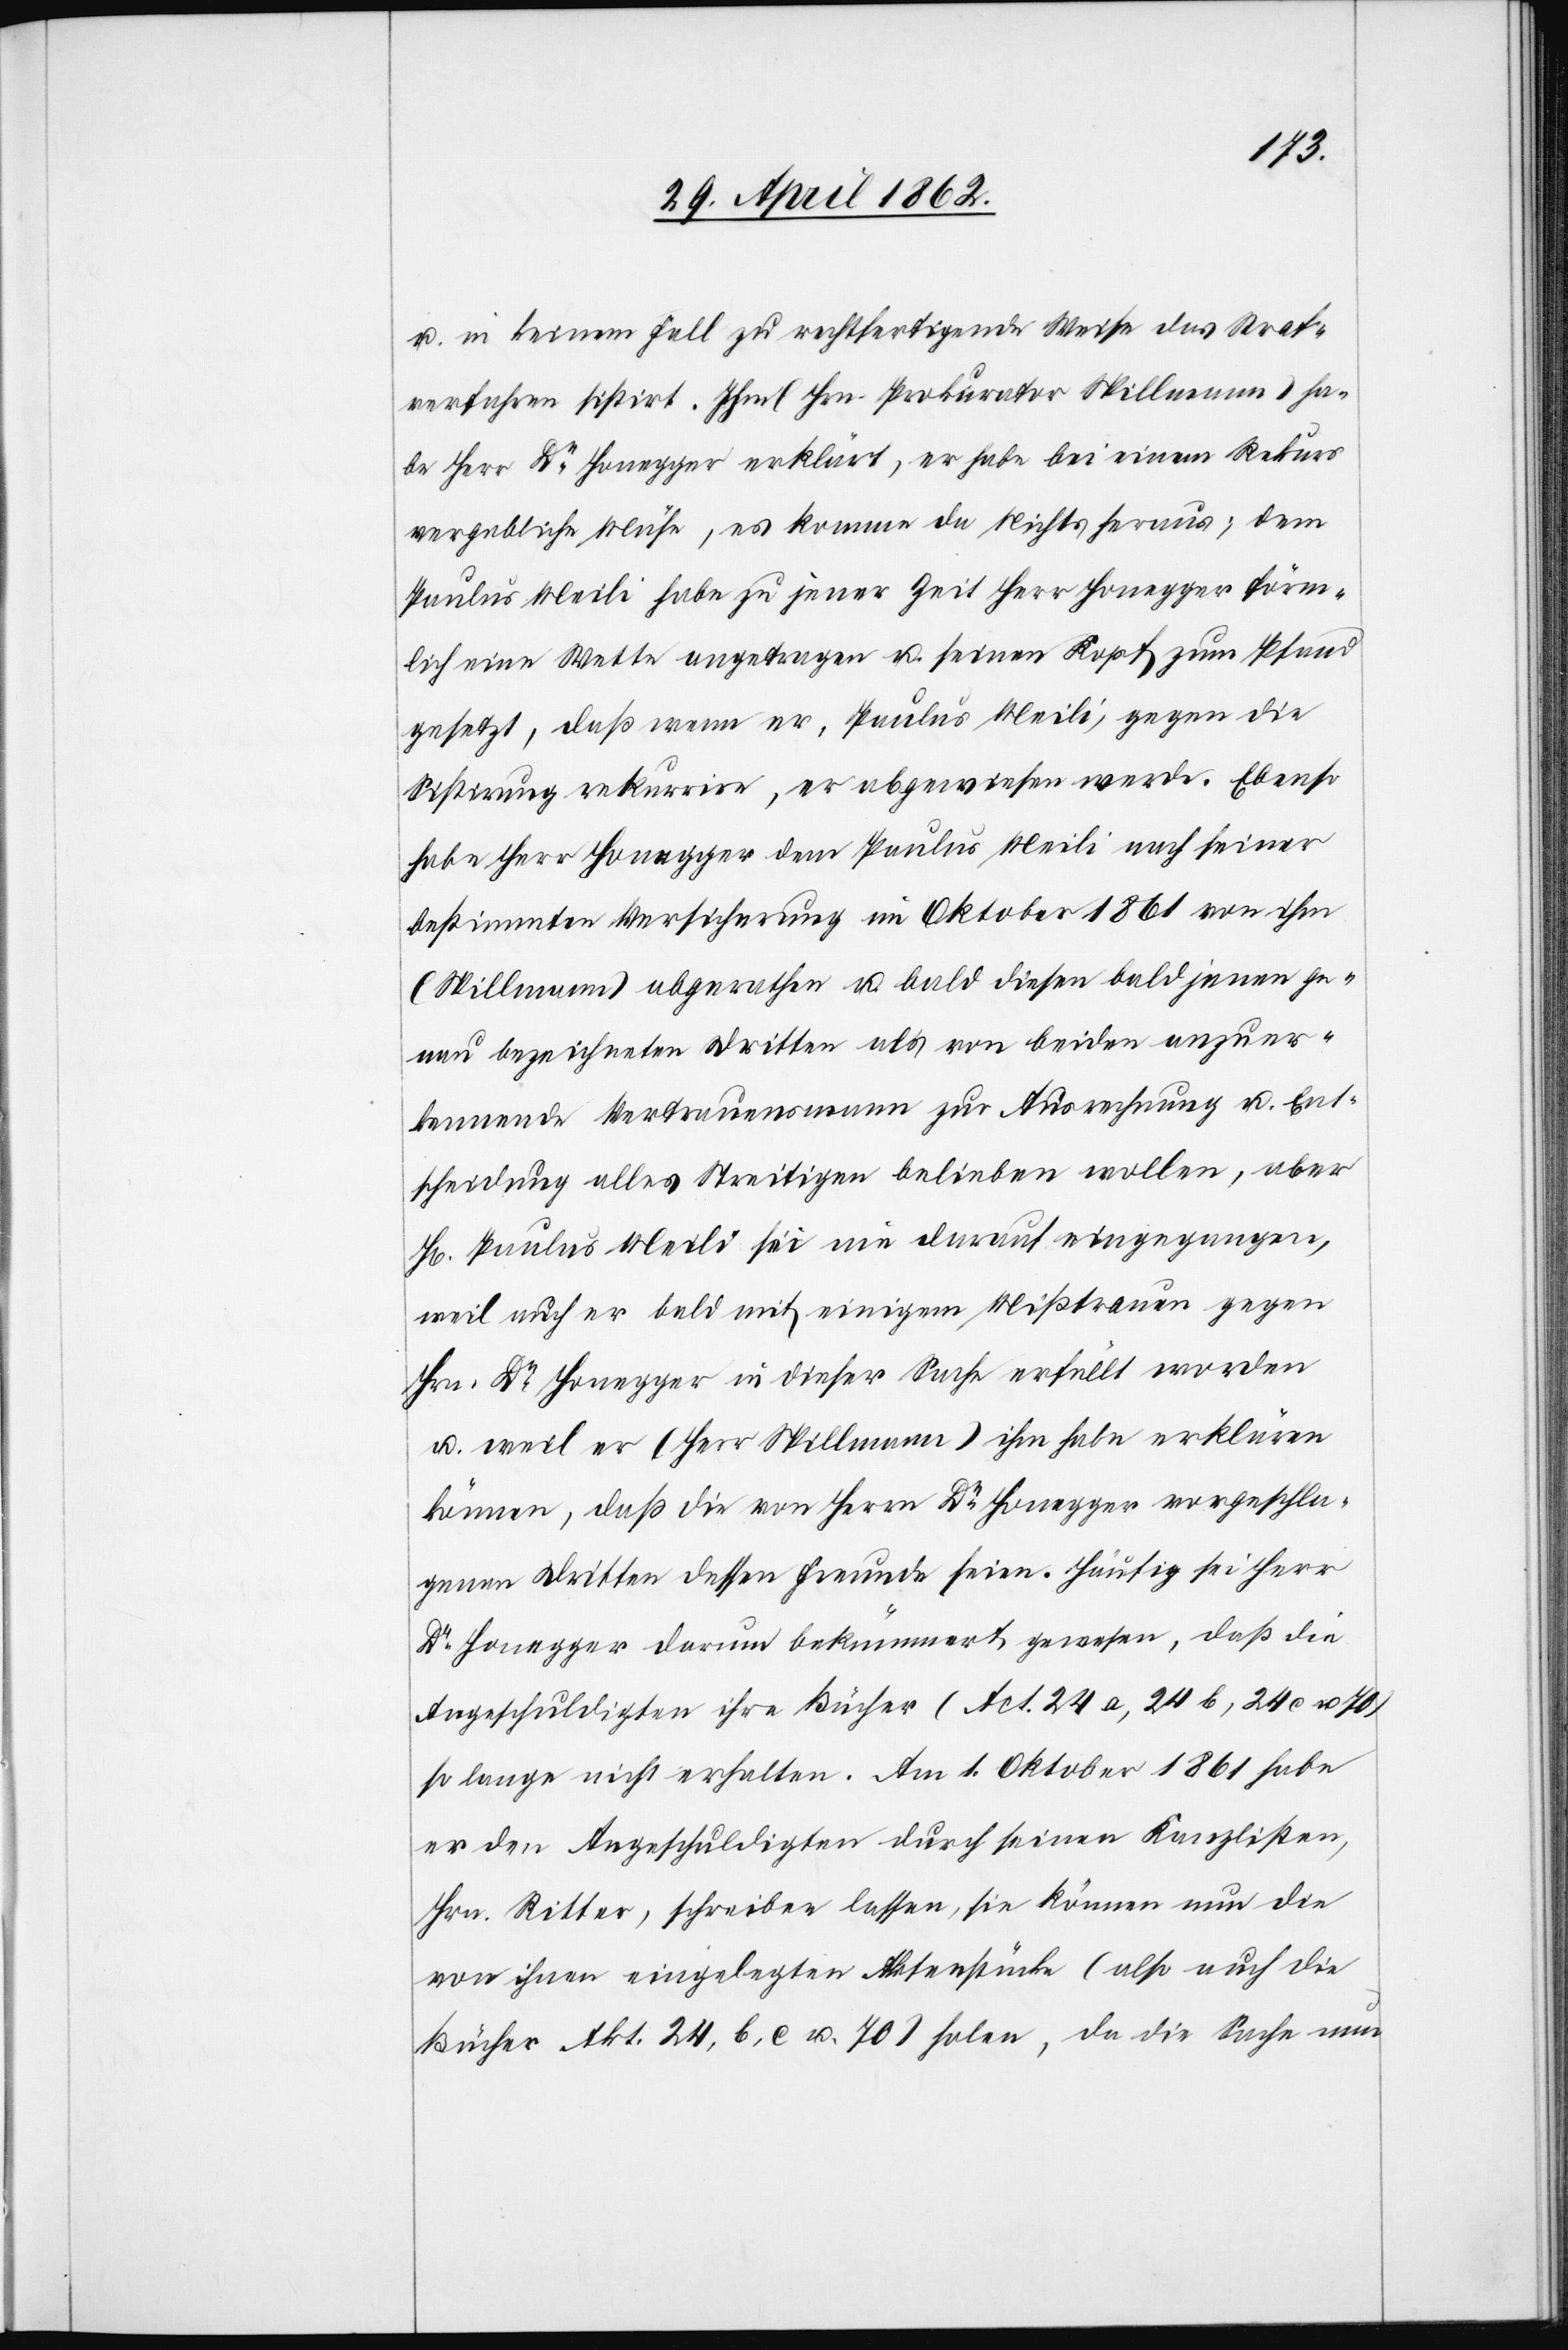
u. in keinem Fall zu rechtfertigende Weise das Streit¬
verfahren sistirt. Ihm (Hrn. Prokurator Spillmann) ha¬
be Herr Dr. Honegger erklärt, er habe bei einem Rekurs
vergebliche Mühe, es komme da Nichts heraus; dem
Paulus Meili habe zu jener Zeit Herr Honegger förm¬
lich eine Wette angetragen u. seinen Kopf zum Pfand
gesetzt, daß wenn er, Paulus Meili, gegen die
Sistirung rekurrire, er abgewiesen werde. Ebenso
habe Herr Honegger dem Paulus Meili nach seiner
bestimmten Versicherung im Oktober 1861 von ihm
(Spillmann) abgerathen u. bald diesen bald jenem ge¬
nau bezeichneten Dritten als von beiden anzuer¬
kennende Vertrauensmann zur Ausrechnung u. Ent¬
scheidung alles Streitigen belieben wollen, aber
H[err] Paulus Meili sei nie darauf eingegangen,
weil auch er bald mit einigem Mißtrauen gegen
Hrn. Dr. Honegger in dieser Sache erfüllt worden
u. weil er (Herr Spillmann) ihm habe erklären
können, daß die von Herrn Dr. Honegger vorgeschla¬
genen Dritten dessen Freunde seien. Häufig sei Herr
Dr. Honegger darum bekümmert gewesen, daß die
Angeschuldigten ihre Bücher (Act. 24a, 24b, 24c u. 70)
so lange nicht erhalten. Am 1. Oktober 1861 habe
er den Angeschuldigten durch seinen Kanzlisten,
Hrn. Ritter, schreiben lassen, sie können nun die
von ihnen eingelegten Aktenstücke (Also auch die
Bücher Akt. 24, b, c u. 70) holen, da die Sache nun